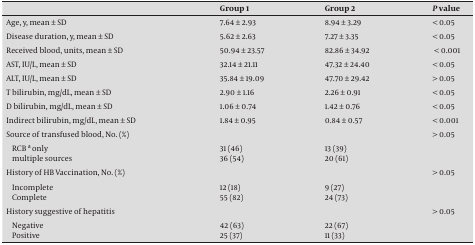
|  | Group 1 | Group 2 | P value |
 | --- | --- | --- | --- |
 | Age, y, mean ± SD | 7.64 ± 2.93 | 8.94 ± 3.29 | < 0.05 |
 | Disease duration, y, mean ± SD | 5.62 ± 2.63 | 7.27 ± 3.35 | < 0.05 |
 | Received blood, units, mean ± SD | 50.94 ± 23.57 | 82.86 ± 34.92 | < 0.001 |
 | AST, IU/L, mean ± SD | 32.14 ± 21.11 | 47.32 ± 24.40 | < 0.05 |
 | ALT, IU/L, mean ± SD | 35.84 ± 19.09 | 47.70 ± 29.42 | > 0.05 |
 | T bilirubin, mg/dL, mean ± SD | 2.90 ± 1.16 | 2.26 ± 0.91 | < 0.05 |
 | D bilirubin, mg/dL, mean ± SD | 1.06 ± 0.74 | 1.42 ± 0.76 | < 0.05 |
 | Indirect bilirubin, mg/dL, mean ± SD | 1.84 ± 0.95 | 0.84 ± 0.57 | < 0.001 |
 | Source of transfused blood, No. (%) |  |  | > 0.05 |
 | RCB a only | 31 (46) | 13 (39) |  |
 | Multiple sources | 36 (54) | 20 (61) |  |
 | History of HB Vaccination, No. (%) |  |  | > 0.05 |
 | Incomplete | 12 (18) | 9 (27) |  |
 | Complete | 55 (82) | 24 (73) |  |
 | History suggestive of hepatitis |  |  | > 0.05 |
 | Negative | 42 (63) | 22 (67) |  |
 | Positive | 25 (37) | 11 (33) |  |